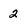
Character: 2